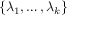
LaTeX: \{ \lambda _ { 1 } , \ldots , \lambda _ { k } \}